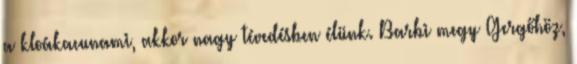
a kloákacunami, akkor nagy tévedésben élünk. Barbi megy Gergőhöz,